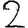
Digit: 2